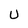
Character: U